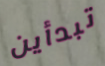
تبدأين